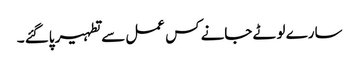
سارے لوٹے جانے کس عمل سے تطہیر پاگئے ۔